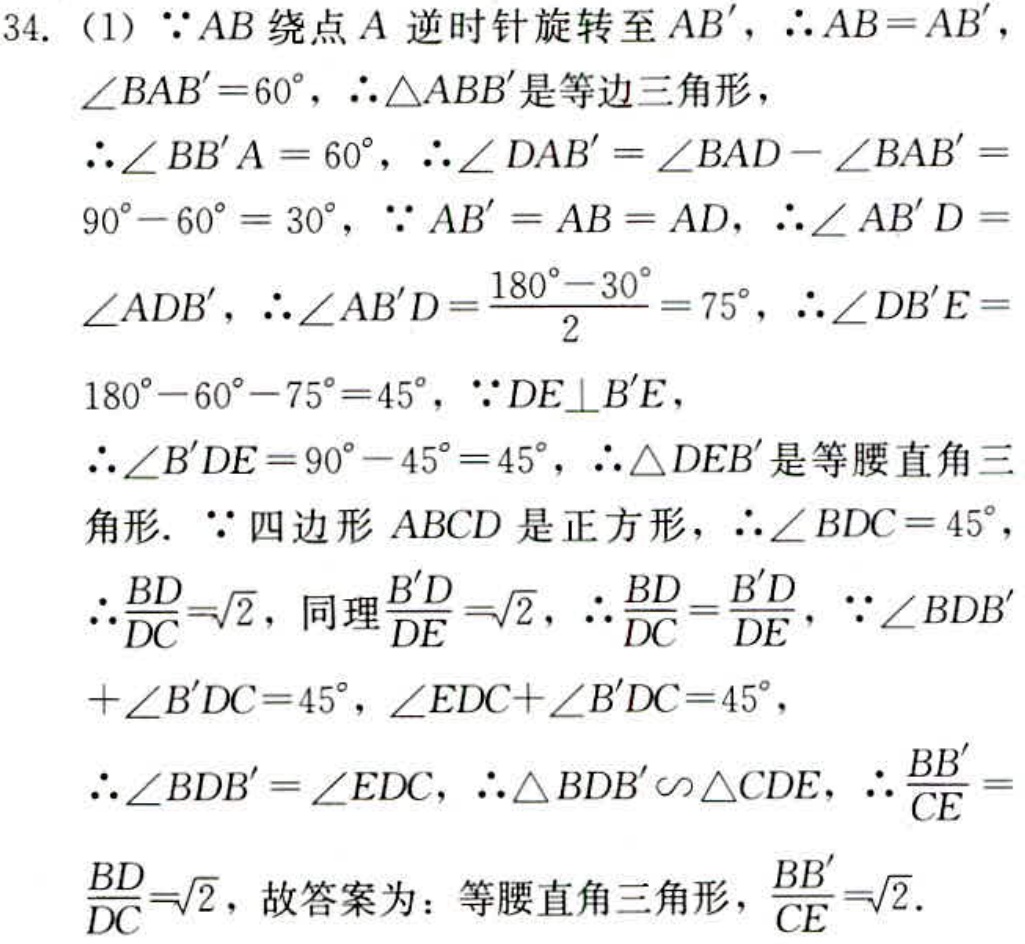
34. (1) $\because AB$ 绕点 $A$ 逆时针旋转至 $AB'$，$\therefore AB = AB'$，
$\angle BAB' = 60^{\circ}$，$\therefore \triangle ABB'$ 是等边三角形，
$\therefore \angle BB'A = 60^{\circ}$，$\therefore \angle DAB'=\angle BAD - \angle BAB'=$
$90^{\circ}-60^{\circ}=30^{\circ}$，$\because AB' = AB = AD$，$\therefore \angle AB'D =$
$\angle ADB'$，$\therefore \angle AB'D=\frac{180^{\circ}-30^{\circ}}{2}=75^{\circ}$，$\therefore \angle DB'E =$
$180^{\circ}-60^{\circ}-75^{\circ}=45^{\circ}$，$\because DE\perp B'E$，
$\therefore \angle B'DE = 90^{\circ}-45^{\circ}=45^{\circ}$，$\therefore \triangle DEB'$ 是等腰直角三
角形. $\because$ 四边形 $ABCD$ 是正方形，$\therefore \angle BDC = 45^{\circ}$，
$\therefore \frac{BD}{DC}=\sqrt{2}$，同理 $\frac{B'D}{DE}=\sqrt{2}$，$\therefore \frac{BD}{DC}=\frac{B'D}{DE}$，$\because \angle BDB'$
$+\angle B'DC = 45^{\circ}$，$\angle EDC+\angle B'DC = 45^{\circ}$，
$\therefore \angle BDB'=\angle EDC$，$\therefore \triangle BDB'\backsim\triangle CDE$，$\therefore \frac{BB'}{CE} =$
$\frac{BD}{DC}=\sqrt{2}$，故答案为：等腰直角三角形，$\frac{BB'}{CE}=\sqrt{2}$.